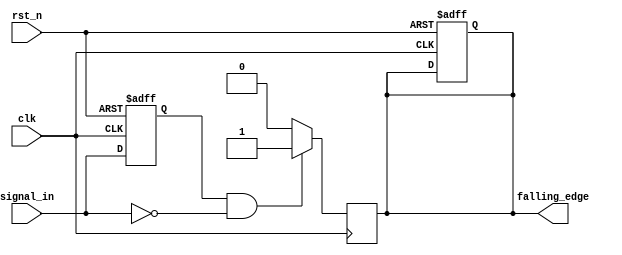
module falling_edge_detector (
    input wire clk,               // Clock signal
    input wire rst_n,             // Asynchronous active-low reset
    input wire signal_in,         // Input signal to detect falling edge
    output reg falling_edge       // Output signal indicating falling edge
);

    reg signal_in_d;              // Delayed version of the input signal

    // Always block to capture the current state of the input signal
    always @(posedge clk or negedge rst_n) begin
        if (!rst_n) begin
            signal_in_d <= 1'b0;   // Reset the delayed signal
            falling_edge <= 1'b0;  // Reset the falling edge output
        end else begin
            signal_in_d <= signal_in; // Store the current state of the input signal
        end
    end

    // Falling edge detection logic
    always @(posedge clk) begin
        if (signal_in_d == 1'b1 && signal_in == 1'b0) begin
            falling_edge <= 1'b1;   // Set falling edge high on falling edge detection
        end else begin
            falling_edge <= 1'b0;   // Reset falling edge output
        end
    end

endmodule